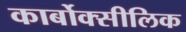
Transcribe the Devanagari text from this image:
कार्बोक्सीलिक